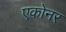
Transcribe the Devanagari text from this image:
एकोनर